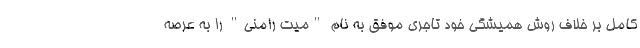
کامل بر خلاف روش همیشگی خود تاجری موفق به نام "میت رامنی" را به عرصه